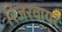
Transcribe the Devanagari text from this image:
रिजरवायर